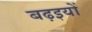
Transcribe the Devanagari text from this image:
बढ़इयों